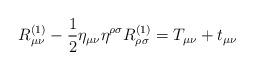
LaTeX: \begin{align*}R^{(1)}_{\mu \nu} - \frac{1}{2} \eta_{\mu\nu} \eta^{\rho \sigma} R^{(1)}_{\rho \sigma} = T_{\mu \nu} + t_{\mu \nu}\end{align*}